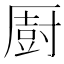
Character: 㕑